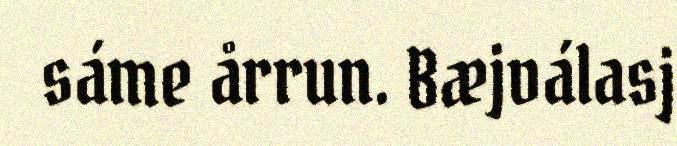
sáme årrun. Bæjválasj